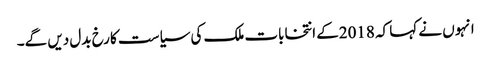
انہوں نے کہا کہ 2018کے انتخابات ملک کی سیاست کا رخ بدل دیں گے۔